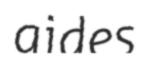
aides